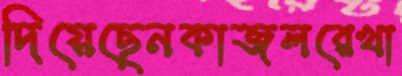
দিয়েছেনকাজলরেখা